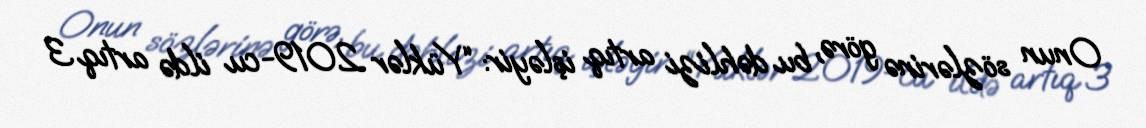
Onun sözlərinə görə, bu dəhlizi artıq işləyir: “Yüklər 2019-cu ildə artıq 3